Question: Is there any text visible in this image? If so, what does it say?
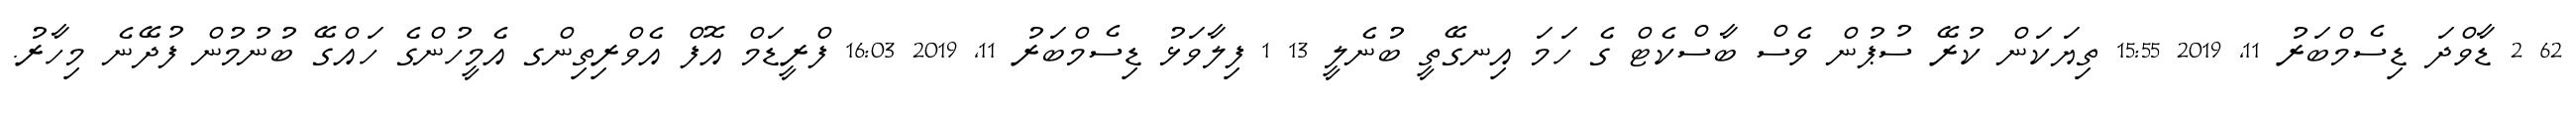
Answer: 62 2 ޑާވްދަ ޑިސެމްބަރު 11, 2019 15:55 ތިޔަކަން ކުރޭ ސުޕުން ވެސް ބާސްކެޓް ގެ ހަމަ އިނގޭތީ ބުނެލީ 13 1 ފިލާވަޅު ޑިސެމްބަރު 11, 2019 16:03 ފްރީޑަމް އޮފް އެވްރިތިންގ އެމީހުންގެ ހައްގޭ ބުނުމުން ފުދޭނެ މިހާރު.